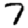
Digit: 7